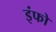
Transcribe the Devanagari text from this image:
इंफो